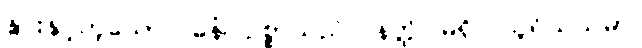
နွားနှင့်တူသော။ ဓနံ၊ ဥစ္စာသည်။ နတ္ထိ၊ မရှိ။ သူရိယသမာ၊